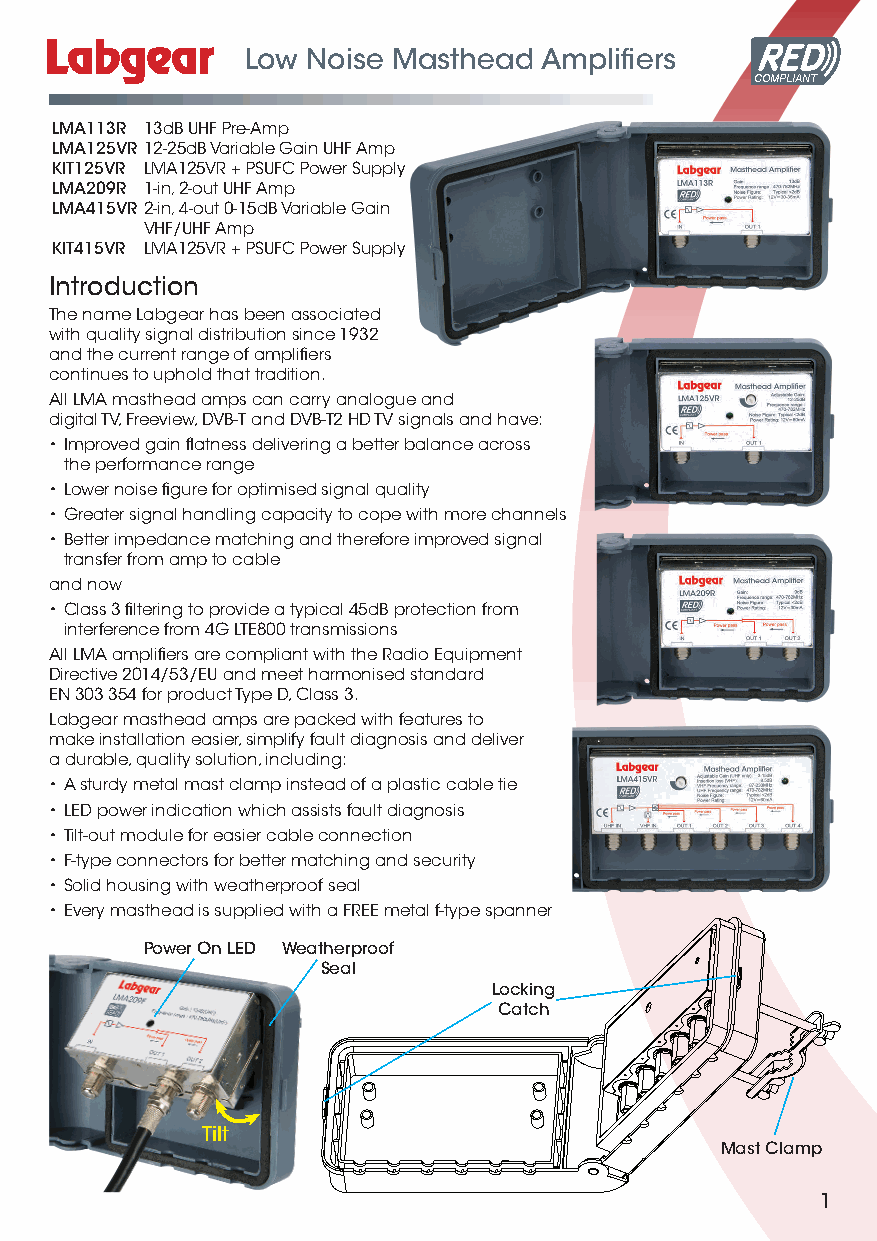
Low Noise Masthead  Amplifiers
 COMPLIANT
 LMA113R 13dB UHF Pre-Amp
 LMA125VR 12-25dB Variable Gain UHF Amp
 KIT125VR LMA125VR + PSUFC Power Supply
 LMA209R 1-in, 2-out UHF Amp
 LMA415VR 2-in, 4-out 0-15dB Variable Gain
 VHF/UHF Amp
 KIT415VR LMA125VR + PSUFC Power Supply
 Introduction
 The name Labgear has been associated
 with quality signal distribution since 1932
 and the current range of amplifiers
 continues to uphold that tradition.
 All LMA masthead amps can carry analogue and
 digital TV, Freeview, DVB-T and DVB-T2 HD TV signals and have:
 • Improved gain flatness delivering a better balance across
 the performance range
 • Lower noise figure for optimised signal quality
 • Greater signal handling capacity to cope with more channels
 • Better impedance matching and therefore improved signal
 transfer from amp to cable
 and now
 • Class 3 filtering to provide a typical 45dB protection from
 interference from 4G LTE800 transmissions
 All LMA amplifiers are compliant with the Radio Equipment
 Directive 2014/53/EU and meet harmonised standard
 EN 303 354 for product Type D, Class 3.
 Labgear masthead amps are packed with features to
 make installation easier, simplify fault diagnosis and deliver
 a durable, quality solution, including:
 • A sturdy metal mast clamp instead of a plastic cable tie
 • LED power indication which assists fault diagnosis
 • Tilt-out module for easier cable connection
 • F-type connectors for better matching and security
 • Solid housing with weatherproof seal
 • Every masthead is supplied with a FREE metal f-type spanner
 Power On LED Weatherproof
 Seal
 Locking
 Catch
 Tilt
 Mast Clamp
 1